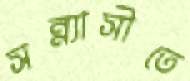
সন্ন্যাসীতে